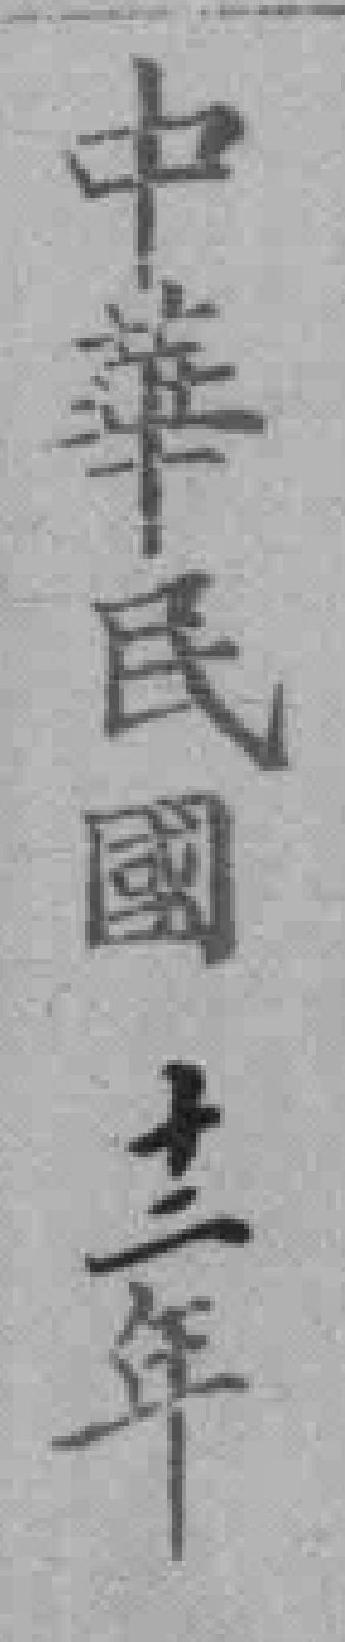
中華民國三年